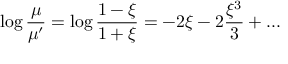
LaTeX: \log { \frac { \mu } { \mu ^ { \prime } } } = \log { \frac { 1 - \xi } { 1 + \xi } } = - 2 \xi - 2 { \frac { \xi ^ { 3 } } { 3 } } + . . .